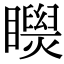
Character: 𥌝